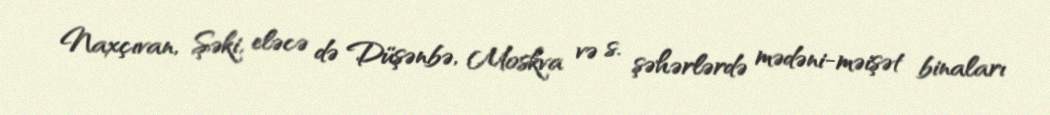
Naxçıvan, Şəki, eləcə də Düşənbə, Moskva və s. şəhərlərdə mədəni-məişət binaları